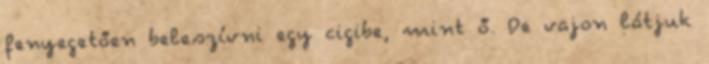
fenyegetően beleszívni egy cigibe, mint ő. De vajon látjuk